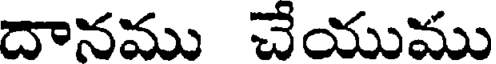
దానము చేయుము